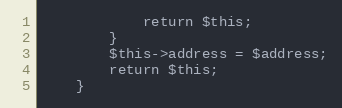
Language: PHP
            return $this;
        }
		$this->address = $address;
		return $this;
    }